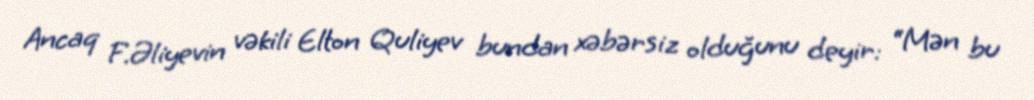
Ancaq F.Əliyevin vəkili Elton Quliyev bundan xəbərsiz olduğunu deyir: “Mən bu